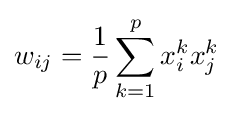
w_{ij}={\frac {1}{p}}\sum _{k=1}^{p}x_{i}^{k}x_{j}^{k}